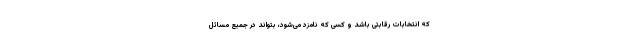
که انتخابات رقابتی باشد و کسی که نامزد می‌شود، بتواند در جمیع مسائل